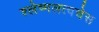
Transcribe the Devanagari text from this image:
श्लेष्मलत्वचेस